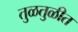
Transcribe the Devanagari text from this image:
तुळतुळीत